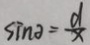
\sin \theta = \frac { d } { x }